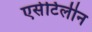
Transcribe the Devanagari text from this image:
एसेटिलीन